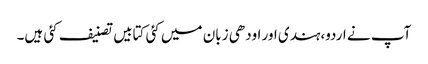
آپ نے اردو،ہندی اور اودھی زبان میں کئی کتابیں تصنیف کئی ہیں۔